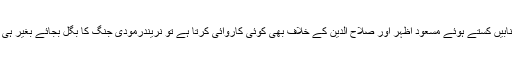
اگر پاکستان امریکی دباؤ کے تحت مودی کے رہتے حافظ سعید کی طنابیں کستے ہوئے مسعود اظہر اور صلاح الدین کے خلاف بھی کوئی کاروائی کرتا ہے تو نریندرمودی جنگ کا بگل بجائے بغیر ہی ہندوستانیوں سے کہے گا کہ اُس نے پاکستان کو ناکوں چنے چبوائے ۔